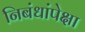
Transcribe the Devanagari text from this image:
निबंधांपेक्षा